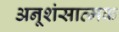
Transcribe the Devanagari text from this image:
अनूशंसात्मक